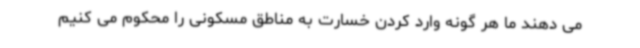
می دهند ما هر گونه وارد کردن خسارت به مناطق مسکونی را محکوم می کنیم